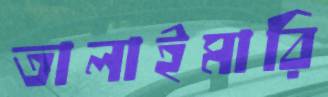
তালাইমারি